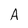
Character: A